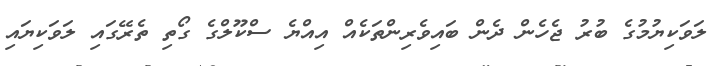
ލަވަކިޔުމުގެ ބުރު ޖެހެން ދެން ބައިވެރިންތަކެއް އިއްޔެ ސްކޫލްގެ ގޯތި ތެރޭގައި ލަވަކިޔައި